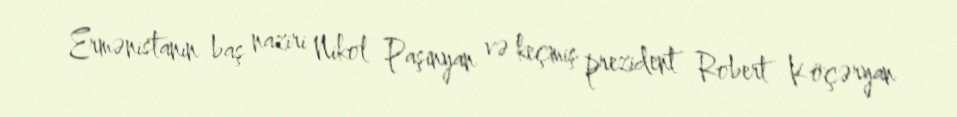
Ermənistanın baş naziri Nikol Paşinyan və keçmiş prezident Robert Köçəryan